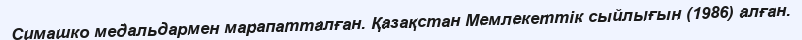
Симашко медальдармен марапатталған. Қазақстан Мемлекеттік сыйлығын (1986) алған.